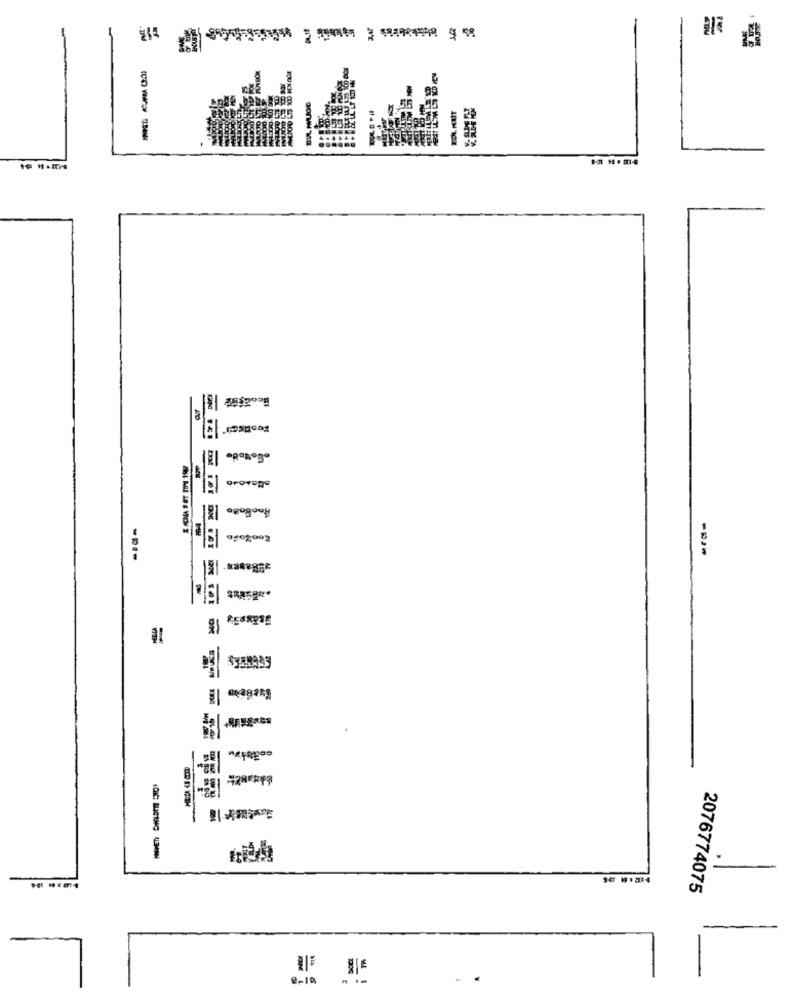
---
à
Gottobo
Prowego
AmoBlado
Looloro
----
REARPSE
---
2076774075
9-10
. .